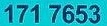
171 7653